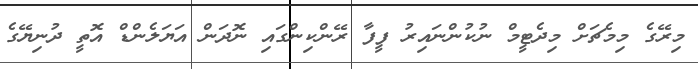
މިރޭގެ މިމެޗަށް މިދެޓީމް ނުކުންނައިރު ފީފާ ރޭންކިންގައި ނޮދަން އަޔަލެންޑް އޮތީ ދުނިޔޭގެ